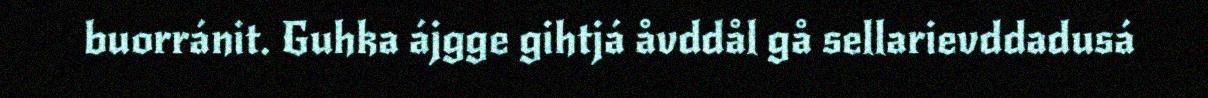
buorránit. Guhka ájgge gihtjá åvddål gå sellarievddadusá